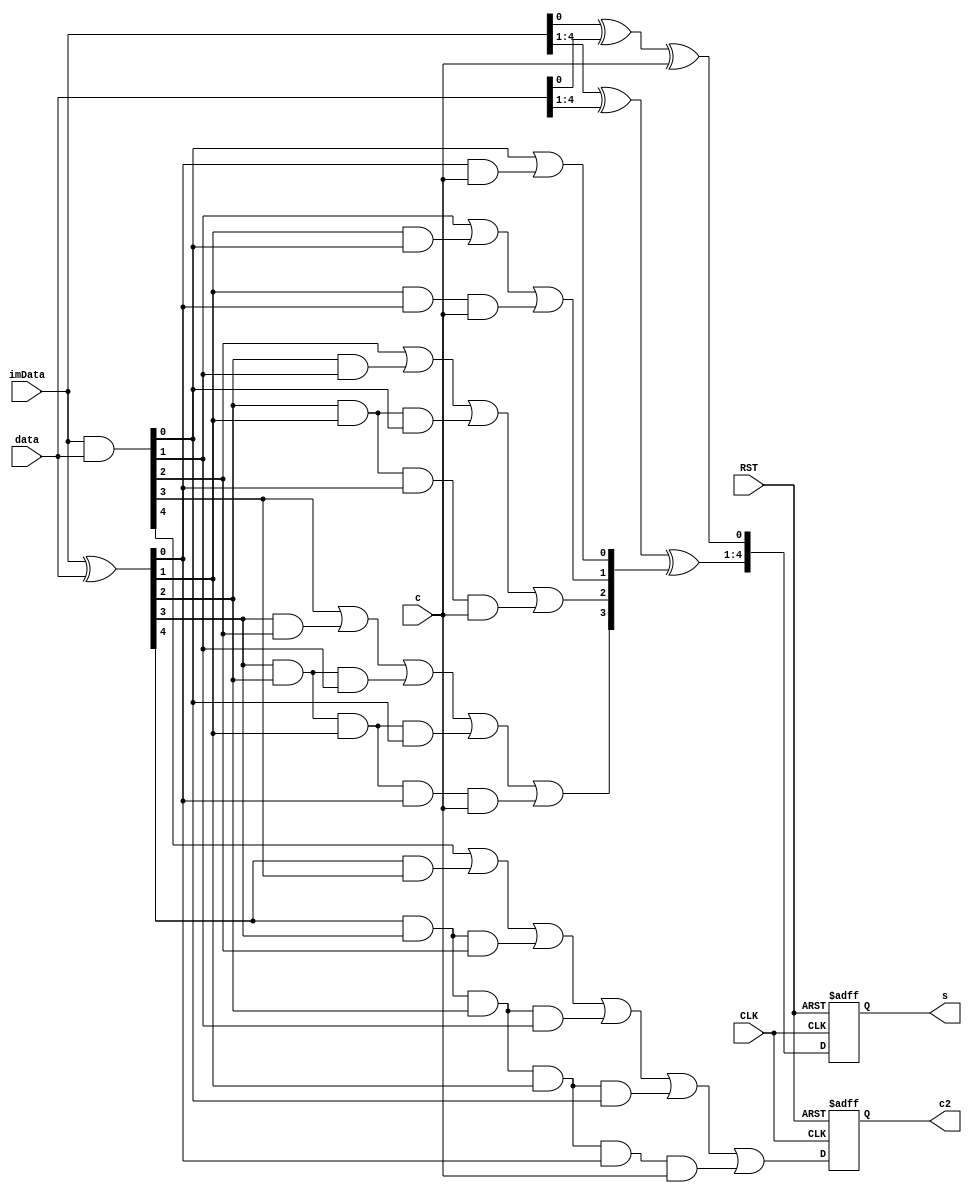
module ADD5BIT(
	input CLK,RST,
	input c,
	input [4:0] imData,data,
	output reg [4:0] s,
	output reg c2
);

wire [4:0] c1;
wire [9:0] xo,an;

assign xo = imData^data;
assign an = imData&data;

assign c1[0] = an[0]|(xo[0]&c);
assign c1[1] = an[1]|(xo[1]&an[0])|(xo[1]&xo[0]&c);
assign c1[2] = an[2]|(xo[2]&an[1])|(xo[2]&xo[1]&an[0])|(xo[2]&xo[1]&xo[0]&c);
assign c1[3] = an[3]|(xo[3]&an[2])|(xo[3]&xo[2]&an[1])|(xo[3]&xo[2]&xo[1]&an[0])|(xo[3]&xo[2]&xo[1]&xo[0]&c);
assign c1[4] = an[4]|(xo[4]&an[3])|(xo[4]&xo[3]&an[2])|(xo[4]&xo[3]&xo[2]&an[1])|(xo[4]&xo[3]&xo[2]&xo[1]&an[0])|
               (xo[4]&xo[3]&xo[2]&xo[1]&xo[0]&c);

//
always @(posedge CLK,posedge RST) begin
	if(RST) begin
		s <= 5'd0;
		c2 <= 1'd0;
	end // if(RST)
	else begin
		s[0] <= (imData[0]^data[0])^c;
		s[4:1] <= (imData[4:1]^data[4:1])^c1[3:0];
		c2 <= c1[4];
	end // else
end // always @(posedge CLK,posedge RST)

endmodule // ADD5BIT